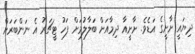
ދިޔައީ ށާށީގެ އަޑެވެ. ށާށީއާ ދިމާއަށް ބަލާލުމަށް ފަހު ޓީޗަރު އެ ނަންބަރަށް